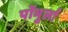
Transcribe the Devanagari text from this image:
पोंभुर्ला